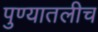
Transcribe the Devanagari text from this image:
पुण्यातलीच